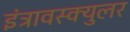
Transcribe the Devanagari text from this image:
इंट्रावस्क्युलर